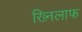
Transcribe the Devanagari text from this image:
ख्निलाफ